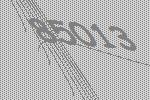
85013